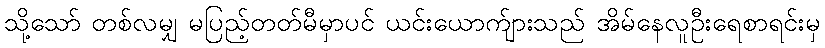
သို့သော် တစ်လမျှ မပြည့်တတ်မီမှာပင် ယင်းယောက်ျားသည် အိမ်နေလူဦးရေစာရင်းမှ